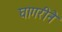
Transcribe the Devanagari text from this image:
घागरीने